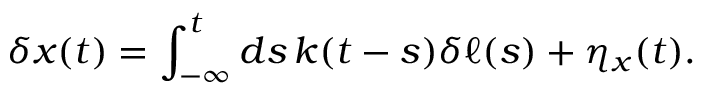
\delta x ( t ) = \int _ { - \infty } ^ { t } d s \, k ( t - s ) \delta \ell ( s ) + \eta _ { x } ( t ) .